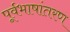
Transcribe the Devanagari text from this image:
पूर्वभाषांतरण